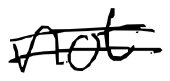
Text: not
Cross-out: double-line
Writing tool: digital_black